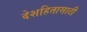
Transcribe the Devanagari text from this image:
देशहितासाठी